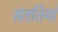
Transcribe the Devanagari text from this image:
संततियां